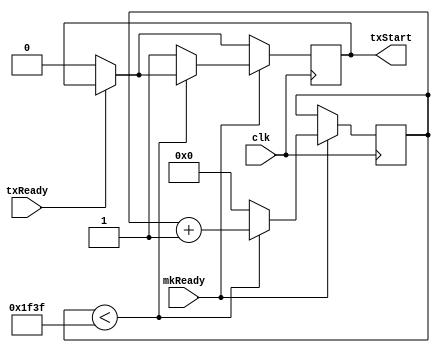
module TxCycleCtrl (clk, mkReady, txReady, 
											txStart);

input clk, mkReady, txReady;
output reg  txStart;

parameter [7:0] FreqInMHz = 40;
parameter [15:0] FreqOutHz = 5000;

localparam [15:0] PR = ((1000000 * FreqInMHz) / FreqOutHz) - 1;

reg [15:0] Cnt = 16'h0000;

always @(posedge clk) begin
	if(!txReady)
		txStart <= 1'b0;
	if(mkReady) begin
		if(Cnt < PR)
			Cnt <= Cnt + 16'h0001;
		else begin
			txStart <= 1'b1;
			Cnt <= 0;
		end	
	end
	else begin end
end
endmodule